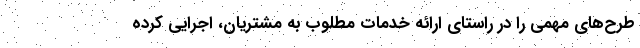
طرح‌های مهمی را در راستای ارائه خدمات مطلوب به مشتریان، اجرایی کرده